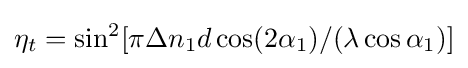
\eta _{t}=\sin ^{2}[\pi \Delta n_{1}d\cos(2\alpha _{1})/(\lambda \cos \alpha _{1})]